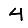
Digit: 4